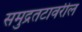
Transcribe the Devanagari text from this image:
समुद्रतटावरील